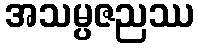
အသမ္ပဇညဿ